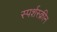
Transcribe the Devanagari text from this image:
स्पर्शस्क्रीन